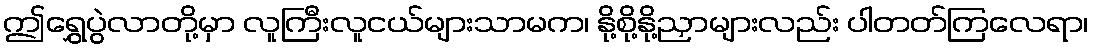
ဤရွှေပွဲလာတို့မှာ လူကြီးလူငယ်များသာမက၊ နို့စို့နို့ညှာများလည်း ပါတတ်ကြလေရာ၊